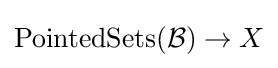
\operatorname {PointedSets} ({\mathcal {B}})\to X